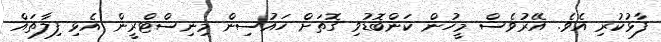
ފާޅުކުރި އެވެ. އޭރުވެސް މީހުން ކަންބޮޑުވި ގޮތަށް ހައުސިން މިނިސްޓްރީން އެޅި ފިލާތައް